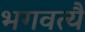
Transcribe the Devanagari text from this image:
भगवत्यै